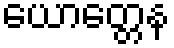
ယောတ္တေန